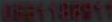
0681187911